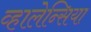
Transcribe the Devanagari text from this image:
व्हालेन्सिया